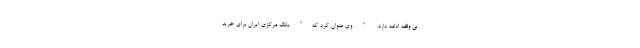
بی وقفه ادامه دارد. " وی عنوان کرد که" بانک مرکزی ایران برای خرید